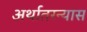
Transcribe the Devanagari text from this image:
अर्थातरन्यास